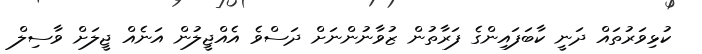
ކުޅިވަރުތައް ދަނީ ކާބަފައިންގެ ފަރާތުން ޒުވާނުންނަށް ދަސްވެ އެއްޖީލުން އަނެއް ޖީލަށް ވާސިލް